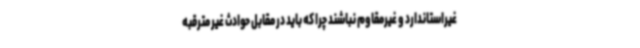
غیراستاندارد و غیرمقاوم نباشند چرا که باید در مقابل حوادث غیر مترقبه